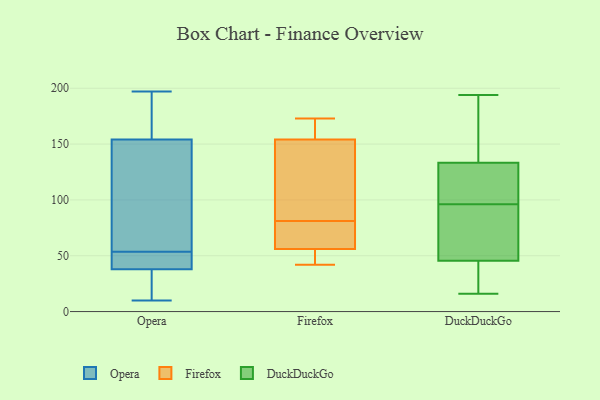
{"axis": {"x": "Budget (USD K)", "y": "Value"}, "legend": ["DuckDuckGo", "Firefox", "Opera"], "data": [{"x": "", "y": 64, "type": "Opera"}, {"x": "", "y": 38, "type": "Opera"}, {"x": "", "y": 79, "type": "Opera"}, {"x": "", "y": 30, "type": "Opera"}, {"x": "", "y": 182, "type": "Opera"}, {"x": "", "y": 10, "type": "Opera"}, {"x": "", "y": 43, "type": "Opera"}, {"x": "", "y": 15, "type": "Opera"}, {"x": "", "y": 38, "type": "Opera"}, {"x": "", "y": 154, "type": "Opera"}, {"x": "", "y": 191, "type": "Opera"}, {"x": "", "y": 149, "type": "Opera"}, {"x": "", "y": 41, "type": "Opera"}, {"x": "", "y": 197, "type": "Opera"}, {"x": "", "y": 154, "type": "Firefox"}, {"x": "", "y": 56, "type": "Firefox"}, {"x": "", "y": 106, "type": "Firefox"}, {"x": "", "y": 53, "type": "Firefox"}, {"x": "", "y": 42, "type": "Firefox"}, {"x": "", "y": 173, "type": "Firefox"}, {"x": "", "y": 90, "type": "Firefox"}, {"x": "", "y": 57, "type": "Firefox"}, {"x": "", "y": 168, "type": "Firefox"}, {"x": "", "y": 72, "type": "Firefox"}, {"x": "", "y": 194, "type": "DuckDuckGo"}, {"x": "", "y": 96, "type": "DuckDuckGo"}, {"x": "", "y": 110, "type": "DuckDuckGo"}, {"x": "", "y": 100, "type": "DuckDuckGo"}, {"x": "", "y": 82, "type": "DuckDuckGo"}, {"x": "", "y": 171, "type": "DuckDuckGo"}, {"x": "", "y": 53, "type": "DuckDuckGo"}, {"x": "", "y": 175, "type": "DuckDuckGo"}, {"x": "", "y": 50, "type": "DuckDuckGo"}, {"x": "", "y": 16, "type": "DuckDuckGo"}, {"x": "", "y": 24, "type": "DuckDuckGo"}, {"x": "", "y": 33, "type": "DuckDuckGo"}, {"x": "", "y": 110, "type": "DuckDuckGo"}, {"x": "", "y": 141, "type": "DuckDuckGo"}, {"x": "", "y": 44, "type": "DuckDuckGo"}]}